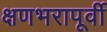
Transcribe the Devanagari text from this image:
क्षणभरापूर्वी